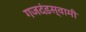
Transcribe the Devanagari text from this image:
गजदंडस्वामी